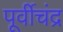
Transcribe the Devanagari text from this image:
पूर्वीचंद्र